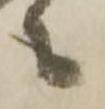
々